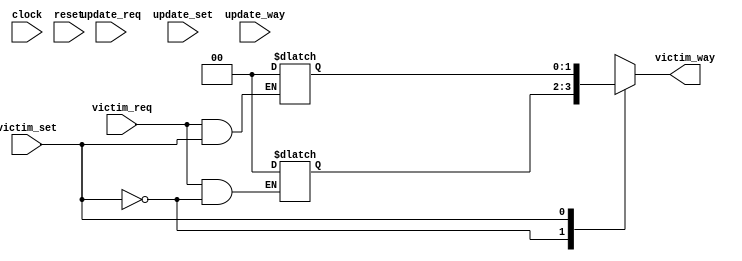
module cache_lru (
	clock,
	reset,
	victim_req,
	victim_set,
	victim_way,
	update_req,
	update_set,
	update_way
);
	parameter NUM_SET = 2;
	parameter NUM_WAYS = 2;
	parameter WAYS_PER_SET = 1;
	function [31:0] clog2;
		input reg [31:0] value;
		integer i;
		reg [31:0] j;
		begin
			j = value - 1;
			clog2 = 0;
			for (i = 0; i < 31; i = i + 1)
				if (j[i])
					clog2 = i + 1;
		end
	endfunction
	parameter NUM_SET_W = clog2(NUM_SET);
	parameter NUM_WAYS_W = clog2(NUM_WAYS);
	parameter WAYS_PER_SET_W = clog2(WAYS_PER_SET);
	input wire clock;
	input wire reset;
	input wire victim_req;
	input wire [NUM_SET_W - 1:0] victim_set;
	output wire [WAYS_PER_SET_W - 1:0] victim_way;
	input wire update_req;
	input wire [NUM_SET_W - 1:0] update_set;
	input wire [WAYS_PER_SET_W - 1:0] update_way;
	reg [WAYS_PER_SET_W - 1:0] victim_per_set [NUM_SET - 1:0];
	assign victim_way = victim_per_set[victim_set];
	genvar gen_it;
	generate
		for (gen_it = 0; gen_it < NUM_SET; gen_it = gen_it + 1) begin : gen_set_lru
			reg [(WAYS_PER_SET >= 1 ? (WAYS_PER_SET_W >= 1 ? (WAYS_PER_SET * WAYS_PER_SET_W) - 1 : (WAYS_PER_SET * (2 - WAYS_PER_SET_W)) + (WAYS_PER_SET_W - 2)) : (WAYS_PER_SET_W >= 1 ? ((2 - WAYS_PER_SET) * WAYS_PER_SET_W) + (((WAYS_PER_SET - 1) * WAYS_PER_SET_W) - 1) : ((2 - WAYS_PER_SET) * (2 - WAYS_PER_SET_W)) + (((WAYS_PER_SET_W - 1) + ((WAYS_PER_SET - 1) * (2 - WAYS_PER_SET_W))) - 1))):(WAYS_PER_SET >= 1 ? (WAYS_PER_SET_W >= 1 ? 0 : WAYS_PER_SET_W - 1) : (WAYS_PER_SET_W >= 1 ? (WAYS_PER_SET - 1) * WAYS_PER_SET_W : (WAYS_PER_SET_W - 1) + ((WAYS_PER_SET - 1) * (2 - WAYS_PER_SET_W))))] counter;
			reg [(WAYS_PER_SET >= 1 ? (WAYS_PER_SET_W >= 1 ? (WAYS_PER_SET * WAYS_PER_SET_W) - 1 : (WAYS_PER_SET * (2 - WAYS_PER_SET_W)) + (WAYS_PER_SET_W - 2)) : (WAYS_PER_SET_W >= 1 ? ((2 - WAYS_PER_SET) * WAYS_PER_SET_W) + (((WAYS_PER_SET - 1) * WAYS_PER_SET_W) - 1) : ((2 - WAYS_PER_SET) * (2 - WAYS_PER_SET_W)) + (((WAYS_PER_SET_W - 1) + ((WAYS_PER_SET - 1) * (2 - WAYS_PER_SET_W))) - 1))):(WAYS_PER_SET >= 1 ? (WAYS_PER_SET_W >= 1 ? 0 : WAYS_PER_SET_W - 1) : (WAYS_PER_SET_W >= 1 ? (WAYS_PER_SET - 1) * WAYS_PER_SET_W : (WAYS_PER_SET_W - 1) + ((WAYS_PER_SET - 1) * (2 - WAYS_PER_SET_W))))] counter_ff;
			reg [WAYS_PER_SET_W - 1:0] max_count;
			always @(posedge clock)
				if (reset)
					counter_ff <= {(WAYS_PER_SET >= 1 ? WAYS_PER_SET : 2 - WAYS_PER_SET) * (WAYS_PER_SET_W >= 1 ? WAYS_PER_SET_W : 2 - WAYS_PER_SET_W) {1'sb0}};
				else
					counter_ff <= counter;
			integer i;
			integer j;
			always @(*) begin
				counter = counter_ff;
				if (victim_req && (victim_set == gen_it)) begin
					max_count = {(WAYS_PER_SET_W >= 1 ? WAYS_PER_SET_W : 2 - WAYS_PER_SET_W) {1'sb0}};
					victim_per_set[gen_it] = {(WAYS_PER_SET_W >= 1 ? WAYS_PER_SET_W : 2 - WAYS_PER_SET_W) {1'sb0}};
					for (i = 0; i < WAYS_PER_SET; i = i + 1)
						if (max_count < counter_ff[(WAYS_PER_SET_W >= 1 ? 0 : WAYS_PER_SET_W - 1) + ((WAYS_PER_SET >= 1 ? i : (WAYS_PER_SET - 1) - i) * (WAYS_PER_SET_W >= 1 ? WAYS_PER_SET_W : 2 - WAYS_PER_SET_W))+:(WAYS_PER_SET_W >= 1 ? WAYS_PER_SET_W : 2 - WAYS_PER_SET_W)]) begin
							max_count = counter_ff[(WAYS_PER_SET_W >= 1 ? 0 : WAYS_PER_SET_W - 1) + ((WAYS_PER_SET >= 1 ? i : (WAYS_PER_SET - 1) - i) * (WAYS_PER_SET_W >= 1 ? WAYS_PER_SET_W : 2 - WAYS_PER_SET_W))+:(WAYS_PER_SET_W >= 1 ? WAYS_PER_SET_W : 2 - WAYS_PER_SET_W)];
							victim_per_set[gen_it] = i;
						end
				end
				if (update_req && (update_set == gen_it)) begin
					for (j = 0; j < WAYS_PER_SET; j = j + 1)
						if (counter_ff[(WAYS_PER_SET_W >= 1 ? 0 : WAYS_PER_SET_W - 1) + ((WAYS_PER_SET >= 1 ? j : (WAYS_PER_SET - 1) - j) * (WAYS_PER_SET_W >= 1 ? WAYS_PER_SET_W : 2 - WAYS_PER_SET_W))+:(WAYS_PER_SET_W >= 1 ? WAYS_PER_SET_W : 2 - WAYS_PER_SET_W)] <= counter_ff[(WAYS_PER_SET_W >= 1 ? 0 : WAYS_PER_SET_W - 1) + ((WAYS_PER_SET >= 1 ? update_way : (WAYS_PER_SET - 1) - update_way) * (WAYS_PER_SET_W >= 1 ? WAYS_PER_SET_W : 2 - WAYS_PER_SET_W))+:(WAYS_PER_SET_W >= 1 ? WAYS_PER_SET_W : 2 - WAYS_PER_SET_W)])
							counter[(WAYS_PER_SET_W >= 1 ? 0 : WAYS_PER_SET_W - 1) + ((WAYS_PER_SET >= 1 ? j : (WAYS_PER_SET - 1) - j) * (WAYS_PER_SET_W >= 1 ? WAYS_PER_SET_W : 2 - WAYS_PER_SET_W))+:(WAYS_PER_SET_W >= 1 ? WAYS_PER_SET_W : 2 - WAYS_PER_SET_W)] = counter_ff[(WAYS_PER_SET_W >= 1 ? 0 : WAYS_PER_SET_W - 1) + ((WAYS_PER_SET >= 1 ? j : (WAYS_PER_SET - 1) - j) * (WAYS_PER_SET_W >= 1 ? WAYS_PER_SET_W : 2 - WAYS_PER_SET_W))+:(WAYS_PER_SET_W >= 1 ? WAYS_PER_SET_W : 2 - WAYS_PER_SET_W)] + 1'b1;
					counter[(WAYS_PER_SET_W >= 1 ? 0 : WAYS_PER_SET_W - 1) + ((WAYS_PER_SET >= 1 ? update_way : (WAYS_PER_SET - 1) - update_way) * (WAYS_PER_SET_W >= 1 ? WAYS_PER_SET_W : 2 - WAYS_PER_SET_W))+:(WAYS_PER_SET_W >= 1 ? WAYS_PER_SET_W : 2 - WAYS_PER_SET_W)] = {(WAYS_PER_SET_W >= 1 ? WAYS_PER_SET_W : 2 - WAYS_PER_SET_W) {1'sb0}};
				end
			end
		end
	endgenerate
endmodule